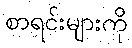
စာရင်းများကို